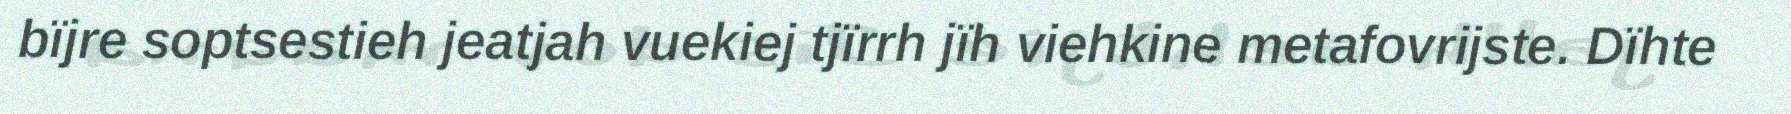
bïjre soptsestieh jeatjah vuekiej tjïrrh jïh viehkine metafovrijste. Dïhte